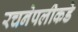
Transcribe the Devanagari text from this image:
रचनेपलीकडे